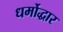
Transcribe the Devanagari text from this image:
धर्मोद्धार